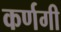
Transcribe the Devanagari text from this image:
कर्णगी